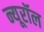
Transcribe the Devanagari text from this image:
न्यूरॉल